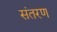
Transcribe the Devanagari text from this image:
संतरण